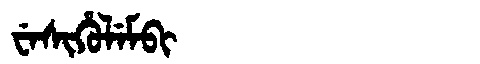
Manchu: ᠸᡝᠰᡳᡥᡠᠯᡝᠮᠪᡳ
Romanization: WESIHULEMBI